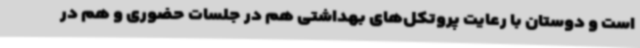
است و دوستان با رعایت‌ پروتکل‌های بهداشتی هم در جلسات حضوری و هم در